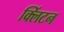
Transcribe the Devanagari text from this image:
क्‍लिंटन